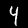
Label: 4